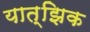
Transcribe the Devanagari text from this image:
यात्झिक